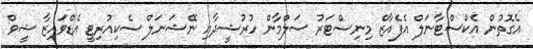
އެގޮތުން އެކްސްޓާނަލް އެފެއާޒް މިނިސްޓަރު ސަލްމާން ހުރުޝީދާއި ނޭޝަނަލް ސެކިއުރިޓީ އެޑްވައިޒާ ޝީވް